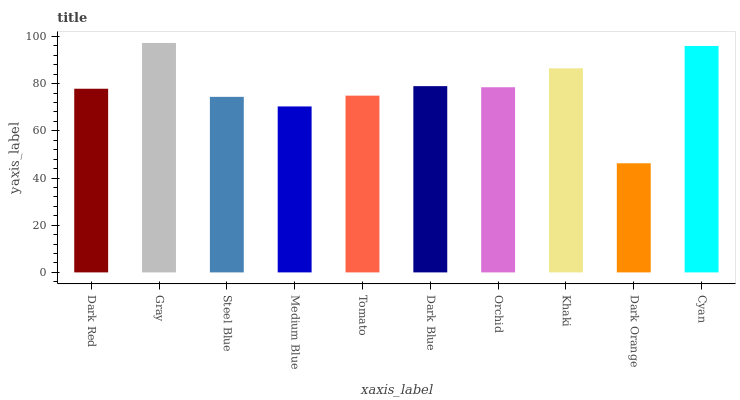
| xaxis_label | bars |
 | --- | --- |
 | Dark Red | 77.9 |
 | Gray | 97.3 |
 | Steel Blue | 74.4 |
 | Medium Blue | 70.3 |
 | Tomato | 74.9 |
 | Dark Blue | 79 |
 | Orchid | 78.5 |
 | Khaki | 86.5 |
 | Dark Orange | 46.3 |
 | Cyan | 96 |